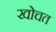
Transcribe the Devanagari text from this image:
खोचत